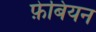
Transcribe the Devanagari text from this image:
फे़बियन